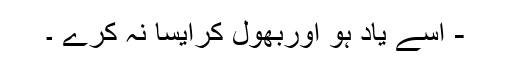
- اسے یاد ہو اوربھول کرایسا نہ کرے ۔